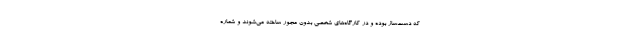
که دست‌ساز بوده و در کارگاه‌های شخصی بدون مجور ساخته می‌شوند و شماره